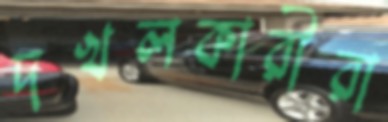
দখলকারীরা